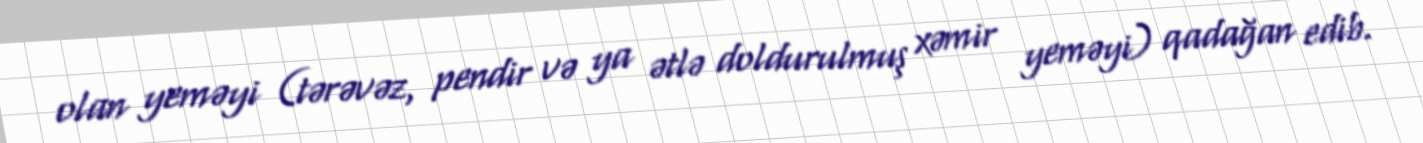
olan yeməyi (tərəvəz, pendir və ya ətlə doldurulmuş xəmir yeməyi) qadağan edib.